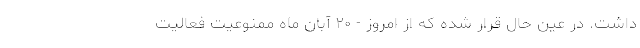
داشت. در عین حال قرار شده که از امروز - ۲۰ آبان ماه ممنوعیت فعالیت